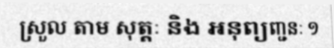
ស្រួល តាម សុត្តៈ និង អនុព្យញ្ជនៈ ១